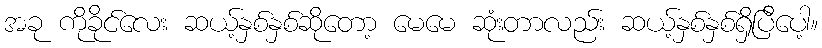
အခု ကိုခိုင်လေး ဆယ့်နှစ်နှစ်ဆိုတော့ မေမေ ဆုံးတာလည်း ဆယ့်နှစ်နှစ်ရှိပြီပေါ့။